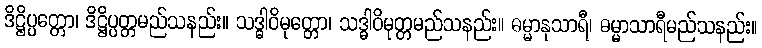
ဒိဋ္ဌိပ္ပတ္တော၊ ဒိဋ္ဌိပ္ပတ္တမည်သနည်း။ သဒ္ဓါဝိမုတ္တော၊ သဒ္ဓါဝိမုတ္တမည်သနည်း။ ဓမ္မာနုသာရီ၊ ဓမ္မာသာရီမည်သနည်း။